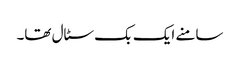
سامنے ایک بک سٹال تھا۔